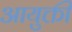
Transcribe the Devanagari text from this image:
आयुक्ती